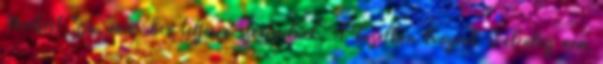
Norbert SzaŽmveŽber teljesen szerepelnek. A közelben könyvek Jelenleg nem